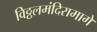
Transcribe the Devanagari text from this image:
विठ्ठलमंदिरामागे